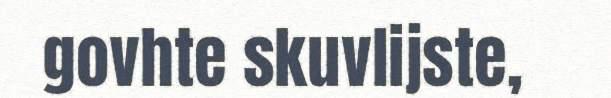
govhte skuvlijste,